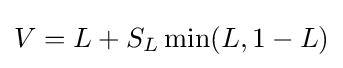
V=L+S_{L}\min(L,1-L)